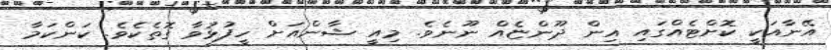
އޭނާއަކީ ކޮށްޓެއްގައި އިން ދޫންޏެއް ނޫނެވެ. މިއީ ޝާންއަށް ހީފުޅުވާ ގޮތެކެވެ. ކަންކަމާ